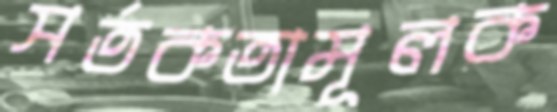
সর্তকতামূলক